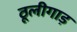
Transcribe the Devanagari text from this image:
ठूलीगाड़